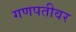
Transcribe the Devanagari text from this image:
गणपतीवर